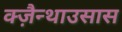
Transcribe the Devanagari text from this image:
क्ज़ैन्थाउसास